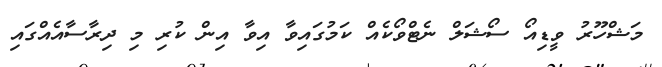
މަޝްހޫރު ވީޑިއޯ ސޯޝަލް ނެޓްވޯކެއް ކަމުގައިވާ އިވާ އިން ކުރި މި ދިރާސާއެއްގައި